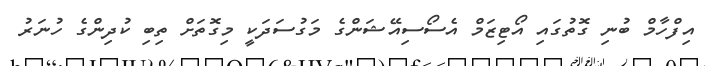
އިފްހާމް ބުނި ގޮތުގައި އޯޓިޒަމް އެސޯސިއޭޝަންގެ މަގުސަދަކީ މިގޮތަށް ތިބި ކުދިންގެ ހުނަރު